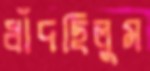
ধাঁদছিলুম